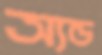
অ্যন্ড